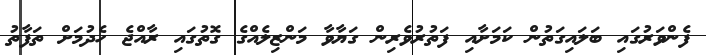
ފެންވަރުގައި ބަލައިގަތުން ކަމަށާއި ފަތުރުވެރިން ގަޔާވާ މަންޒިލެއްގެ ގޮތުގައި ރާއްޖެ ހެދުމަށް ތަފާތު